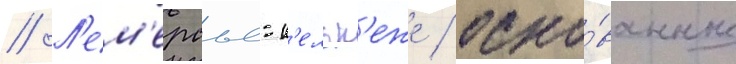
// Л'ем'ерсье-к'ельк'еже / осно́ванные